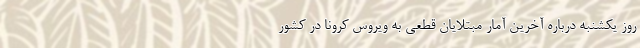
روز یکشنبه درباره آخرین آمار مبتلایان قطعی به ویروس کرونا در کشور